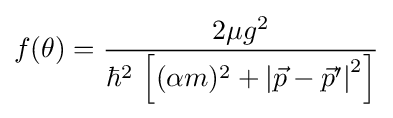
f(\theta )={\frac {2\mu g^{2}}{\hbar ^{2}\,\left[(\alpha m)^{2}+\left|{\vec {p}}-{\vec {p}}'\right|^{2}\right]}}